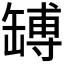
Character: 𦉊